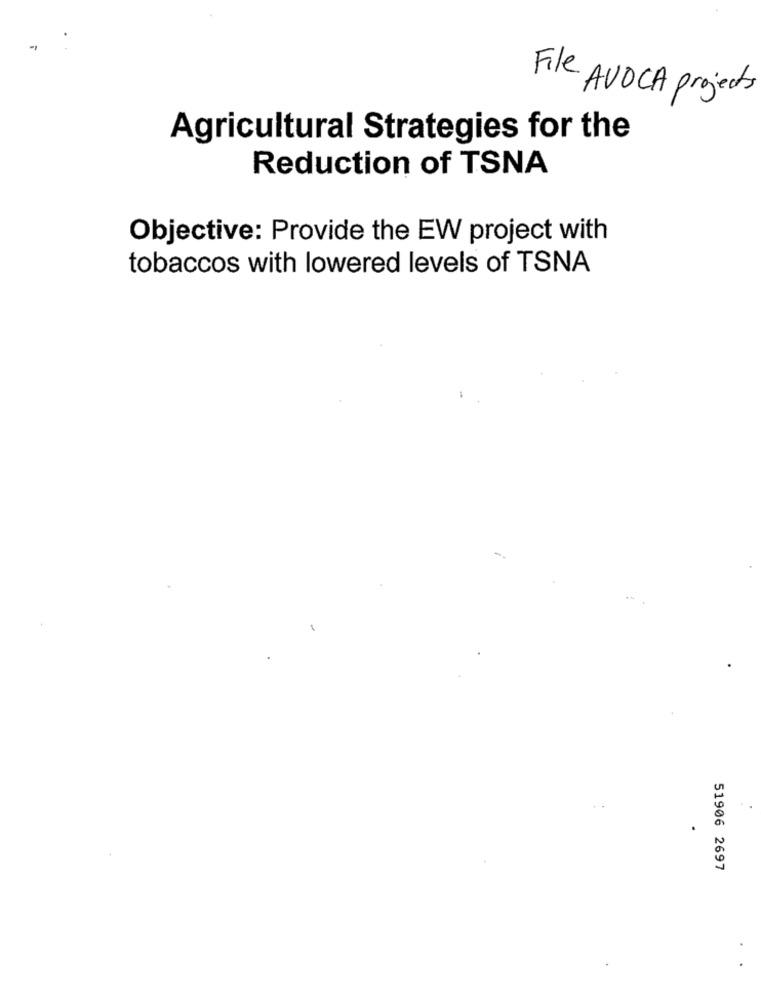
File AVOCA projects
Agricultural Strategies for the
Reduction of TSNA
Objective: Provide the EW project with
tobaccos with lowered levels of TSNA
51906 2697